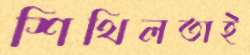
শিথিলতাই